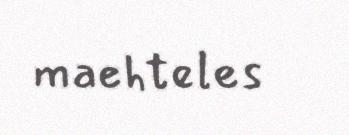
maehteles